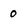
Character: 0